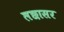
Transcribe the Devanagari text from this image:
लछासर